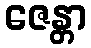
ဇေန္တာ